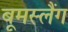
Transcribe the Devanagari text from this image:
बूमस्लैंग